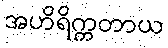
အဟိရိက္ကတာယ